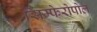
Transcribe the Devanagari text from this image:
सिम्फेरोपोल